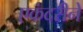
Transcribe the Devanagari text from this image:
एकंदरीने